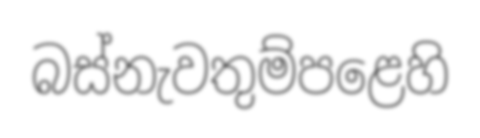
බස්නැවතුම්පළෙහි